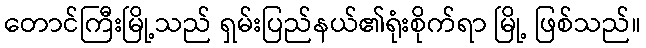
တောင်ကြီးမြို့သည် ရှမ်းပြည်နယ်၏ရုံးစိုက်ရာ မြို့ ဖြစ်သည်။